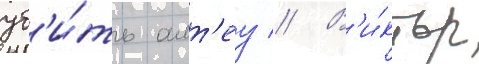
уб'и́ть алт'еу // В'и́ктор